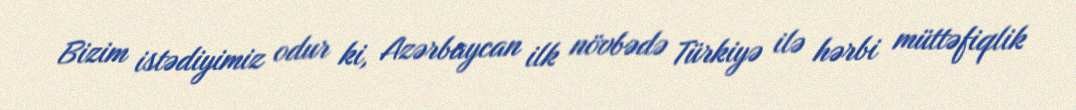
Bizim istədiyimiz odur ki, Azərbaycan ilk növbədə Türkiyə ilə hərbi müttəfiqlik